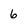
Character: 6